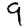
Digit: 9